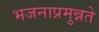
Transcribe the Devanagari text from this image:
भजनाप्रमुन्नते